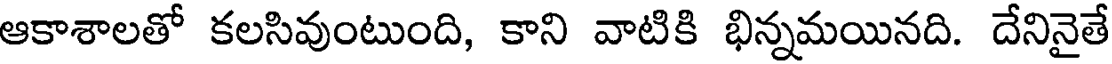
ఆకాశాలతో కలసివుంటుంది, కాని వాటికి భిన్నమయినది. దేనినైతే